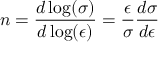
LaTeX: n = { \frac { d \log ( \sigma ) } { d \log ( \epsilon ) } } = { \frac { \epsilon } { \sigma } } { \frac { d \sigma } { d \epsilon } } \,